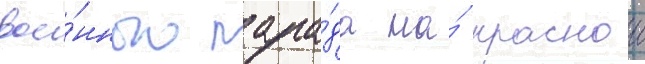
вое́нного пара́да на́ краснои